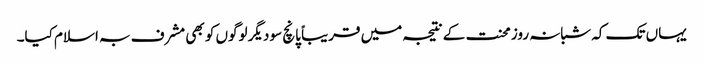
یہاں تک کہ شبانہ روز محنت کے نتیجہ میں قریباً پانچ سو دیگر لوگوں کو بھی مشرف بہ اسلام کیا۔